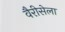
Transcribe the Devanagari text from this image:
वैरीसेला